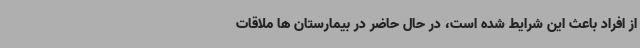
از افراد باعث این شرایط شده است، در حال حاضر در بیمارستان ها ملاقات